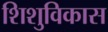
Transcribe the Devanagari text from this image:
शिशुविकास